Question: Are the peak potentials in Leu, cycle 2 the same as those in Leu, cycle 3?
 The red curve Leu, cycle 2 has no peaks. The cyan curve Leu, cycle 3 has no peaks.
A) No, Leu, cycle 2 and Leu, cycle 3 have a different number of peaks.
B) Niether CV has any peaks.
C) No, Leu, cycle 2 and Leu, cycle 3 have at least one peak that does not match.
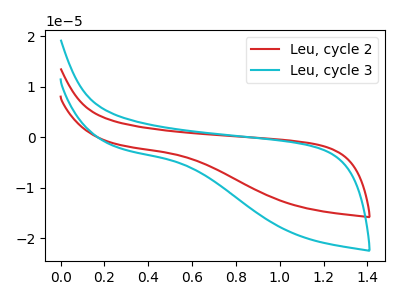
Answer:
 <answer>B) Niether CV has any peaks.</answer>
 <eval>B</eval>